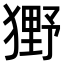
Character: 𤡒